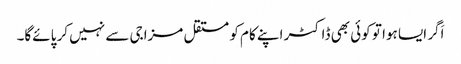
اَگر ایسا ہوا تو کوئی بھی ڈاکٹر اپنے کام کو مستقل مزاجی سے نہیں کر پائے‌گا۔